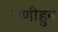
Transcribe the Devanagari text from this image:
वणीहुन